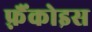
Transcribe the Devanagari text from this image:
फ़्रैंकोइस